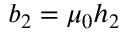
b _ { 2 } = \mu _ { 0 } h _ { 2 }